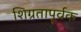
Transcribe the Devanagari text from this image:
शिग्रतापूर्वक